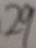
2 9